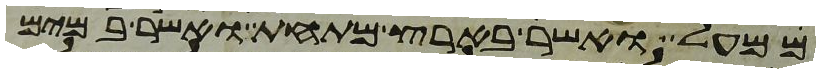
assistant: ממעל ואשר בארץ מתחת ואשר במים